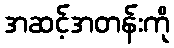
အဆင့်အတန်းကို